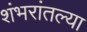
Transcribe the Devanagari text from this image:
शंभरांतल्या